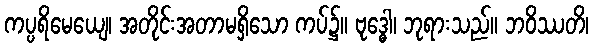
ကပ္ပရိမေယျေ၊ အတိုင်းအတာမရှိသော ကပ်၌။ ဗုဒ္ဓေါ၊ ဘုရားသည်။ ဘဝိဿတိ၊